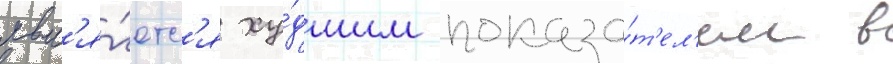
явл'я́етс'я ху́дшим показа́т'ел'ем в